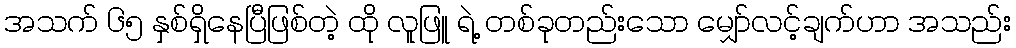
အသက် ၆၅ နှစ်ရှိနေပြီဖြစ်တဲ့ ထို လူဖြူ ရဲ့ တစ်ခုတည်းသော မျှော်လင့်ချက်ဟာ အသည်း